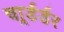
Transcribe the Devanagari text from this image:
चार्र्डर्डर